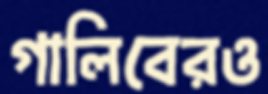
গালিবেরও